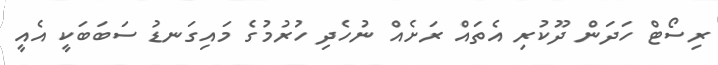
ރިސޯޓް ހަދަން ދޫކުރި އެތައް ރަށެއް ނުހެދި ހުރުމުގެ މައިގަނޑު ސަބަބަކީ އެއީ